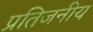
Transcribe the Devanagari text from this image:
प्रतिजनीय